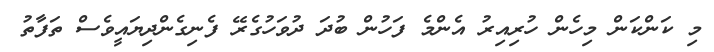
މި ކަންކަން މިހެން ހުރިއިރު އެންމެ ފަހުން ބުދަ ދުވަހުގެރޭ ފެނިގެންދިޔައީވެސް ތަފާތު